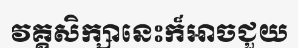
វគ្គសិក្សានេះក៏អាចជួយ